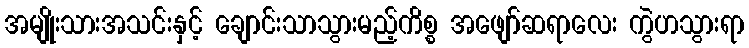
အမျိုးသားအသင်းနှင့် ချောင်းသာသွားမည့်ကိစ္စ အဖျော်ဆရာလေး ကွဲဟသွားရာ